Annual administration report of the Civil Veterinary Department, Ajmere-Merwara, British Rajputana - 1914-1940
Year: 1914
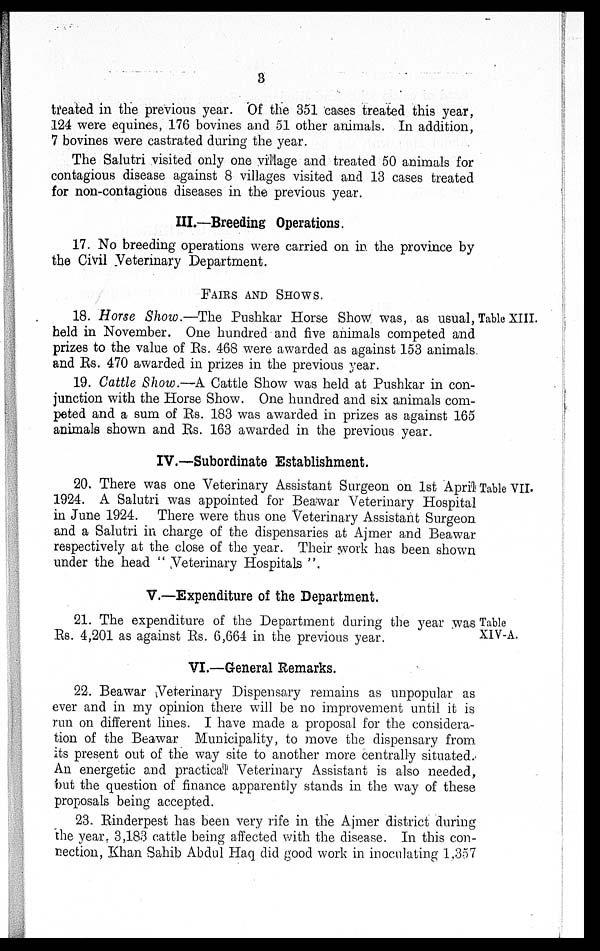
3
treated in the previous year. Of the 351 cases treated this year,
124 were equines, 176 bovines and 51 other animals. In addition,
7 bovines were castrated during the year.
The Salutri visited only one village and treated 50 animals for
contagious disease against 8 villages visited and 13 cases treated
for non-contagious diseases in the previous year.
III.—Breeding Operations.
17. No breeding operations were carried on in the province by
the Civil Veterinary Department.
FAIRS AND SHOWS.
Table XIII.
18. Horse Show.—The Pushkar Horse Show was, as usual,
held in November. One hundred and five animals competed and
prizes to the value of Rs. 468 were awarded as against 153 animals
and Rs. 470 awarded in prizes in the previous year.
19. Cattle Show.—A Cattle Show was held at Pushkar in con-
junction with the Horse Show. One hundred and six animals com-
peted and a sum of Rs. 183 was awarded in prizes as against 165
animals shown and Rs. 163 awarded in the previous year.
IV.—Subordinate Establishment.
Table VII.
20. There was one Veterinary Assistant Surgeon on 1st April
1924. A Salutri was appointed for Beawar Veterinary Hospital
in June 1924. There were thus one Veterinary Assistant Surgeon
and a Salutri in charge of the dispensaries at Ajmer and Beawar
respectively at the close of the year. Their work has been shown
under the head "Veterinary Hospitals".
V.—Expenditure of the Department.
Table
XIV-A.
21. The expenditure of the Department during the year was
Rs. 4,201 as against Rs. 6,664 in the previous year.
VI.—General Remarks.
22. Beawar Veterinary Dispensary remains as unpopular as
ever and in my opinion there will be no improvement until it is
run on different lines. I have made a proposal for the considera-
tion of the Beawar Municipality, to move the dispensary from
its present out of the way site to another more centrally situated.
An energetic and practical Veterinary Assistant is also needed,
but the question of finance apparently stands in the way of these
proposals being accepted.
23. Rinderpest has been very rife in the Ajmer district during
the year. 3,183 cattle being affected with the disease. In this con-
nection, Khan Sahib Abdul Haq did good work in inoculating 1,357